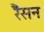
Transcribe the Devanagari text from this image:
रैंसन